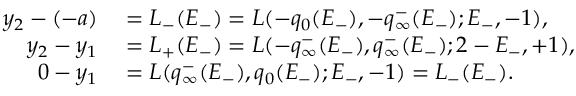
\begin{array} { r l } { y _ { 2 } - ( - a ) } & { { } = L _ { - } ( E _ { - } ) = L ( - q _ { 0 } ( E _ { - } ) , - q _ { \infty } ^ { - } ( E _ { - } ) ; E _ { - } , - 1 ) , } \\ { y _ { 2 } - y _ { 1 } } & { { } = L _ { + } ( E _ { - } ) = L ( - q _ { \infty } ^ { - } ( E _ { - } ) , q _ { \infty } ^ { - } ( E _ { - } ) ; 2 - E _ { - } , + 1 ) , } \\ { 0 - y _ { 1 } } & { { } = L ( q _ { \infty } ^ { - } ( E _ { - } ) , q _ { 0 } ( E _ { - } ) ; E _ { - } , - 1 ) = L _ { - } ( E _ { - } ) . } \end{array}